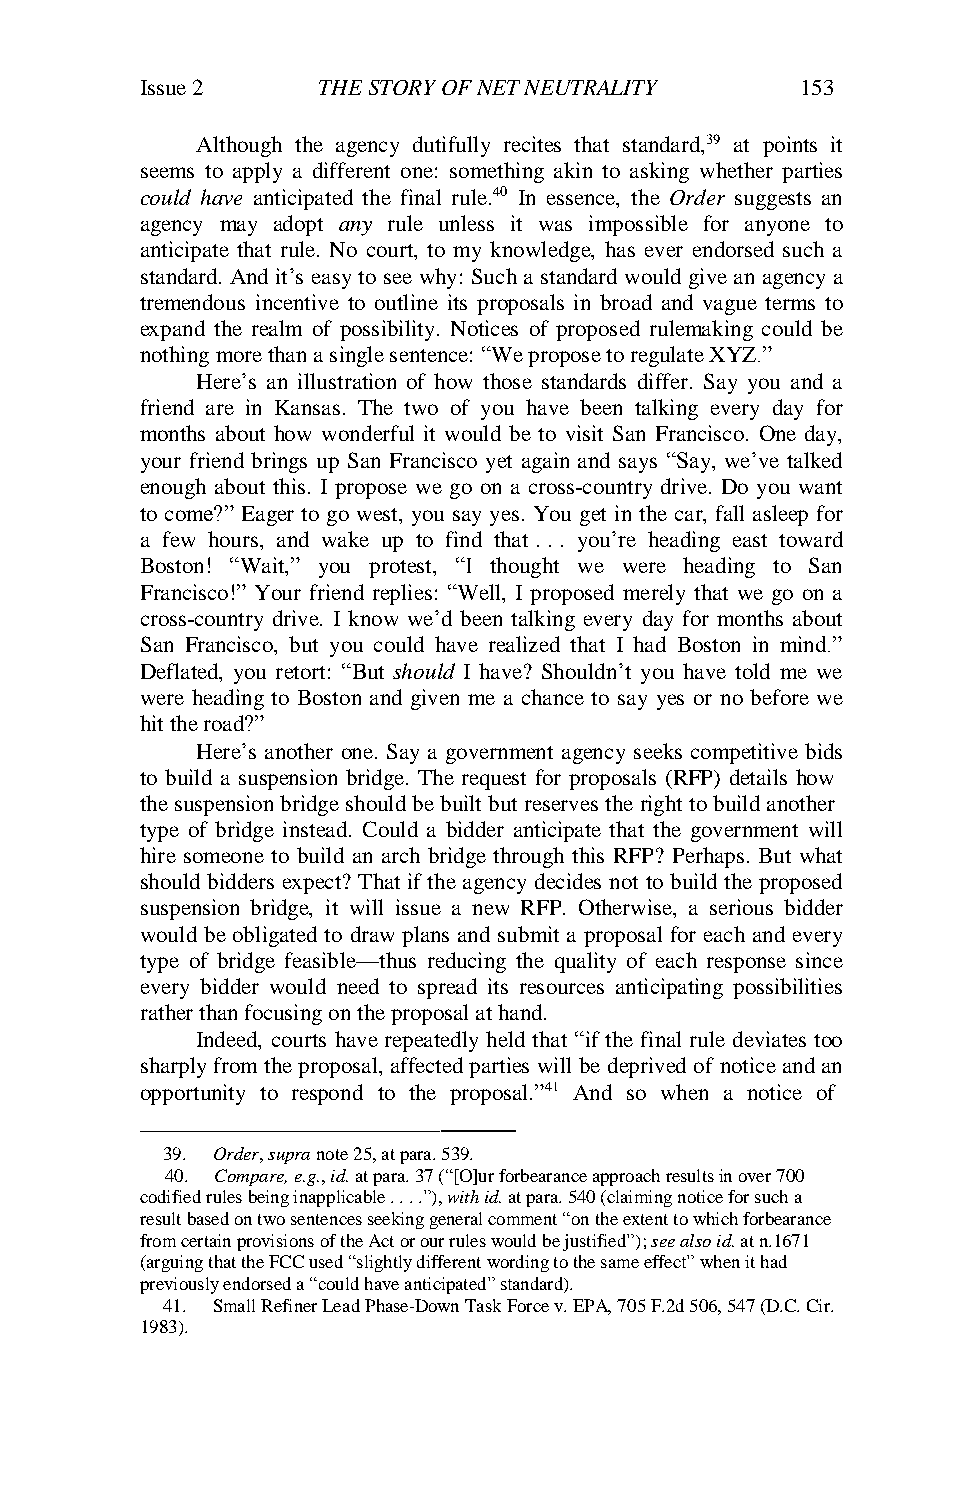
Issue 2     THE STORY OF NET NEUTRALITY     153
 Although the agency dutifully recites that standard,39 at points it
 seems to apply a different one: something akin to asking whether parties
 could have anticipated the final rule.40 In essence, the Order suggests an
 agency may adopt any rule unless it was impossible for anyone to
 anticipate that rule. No court, to my knowledge, has ever endorsed such a
 standard. And it’s easy to see why: Such a standard would give an agency a
 tremendous incentive to outline its proposals in broad and vague terms to
 expand the realm of possibility. Notices of proposed rulemaking could be
 nothing more than a single sentence: “We propose to regulate XYZ.”
 Here’s an illustration of how those standards differ. Say you and a
 friend are in Kansas. The two of you have been talking every day for
 months about how wonderful it would be to visit San Francisco. One day,
 your friend brings up San Francisco yet again and says “Say, we’ve talked
 enough about this. I propose we go on a cross-country drive. Do you want
 to come?” Eager to go west, you say yes. You get in the car, fall asleep for
 a few hours, and wake up to find that . . . you’re heading east toward
 Boston! “Wait,” you protest, “I thought we were heading to San
 Francisco!” Your friend replies: “Well, I proposed merely that we go on a
 cross-country drive. I know we’d been talking every day for months about
 San Francisco, but you could have realized that I had Boston in mind.”
 Deflated, you retort: “But should I have? Shouldn’t you have told me we
 were heading to Boston and given me a chance to say yes or no before we
 hit the road?”
 Here’s another one. Say a government agency seeks competitive bids
 to build a suspension bridge. The request for proposals (RFP) details how
 the suspension bridge should be built but reserves the right to build another
 type of bridge instead. Could a bidder anticipate that the government will
 hire someone to build an arch bridge through this RFP? Perhaps. But what
 should bidders expect? That if the agency decides not to build the proposed
 suspension bridge, it will issue a new RFP. Otherwise, a serious bidder
 would be obligated to draw plans and submit a proposal for each and every
 type of bridge feasible—thus reducing the quality of each response since
 every bidder would need to spread its resources anticipating possibilities
 rather than focusing on the proposal at hand.
 Indeed, courts have repeatedly held that “if the final rule deviates too
 sharply from the proposal, affected parties will be deprived of notice and an
 opportunity to respond to the proposal.”41 And so when a notice of
 ———
 39. Order, supra note 25, at para. 539.
 40. Compare, e.g., id. at para. 37 (“[O]ur forbearance approach results in over 700
 codified rules being inapplicable . . . .”), with id. at para. 540 (claiming notice for such a
 result based on two sentences seeking general comment “on the extent to which forbearance
 from certain provisions of the Act or our rules would be justified”); see also id. at n.1671
 (arguing that the FCC used “slightly different wording to the same effect” when it had
 previously endorsed a “could have anticipated” standard).
 41. Small Refiner Lead Phase-Down Task Force v. EPA, 705 F.2d 506, 547 (D.C. Cir.
 1983).